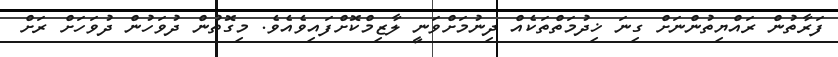
ފަރާތުން ރައްޔިތުންނަށް ގިނަ ޚިދުމަތްތަކެއް ދިނުމަށްވަނީ ލާޒިމްކޮށްފައިވެއެވެ. މިގޮތުން ދުވަހުން ދުވަހަށް ރަށް